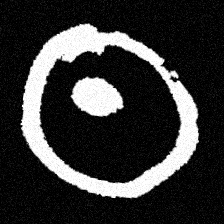
Pyu character \u2014 Myanmar letter: ထ (romanized: tha)